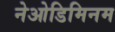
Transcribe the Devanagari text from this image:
नेओडिमिनम